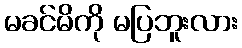
မခင်မိကို မပြဘူးလား